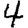
Digit: 4